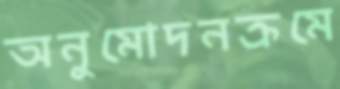
অনুমোদনক্রমে